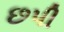
છપી